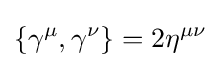
\{\gamma ^{\mu },\gamma ^{\nu }\}=2\eta ^{\mu \nu }